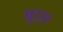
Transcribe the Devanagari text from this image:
बुर्स